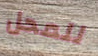
للمحل